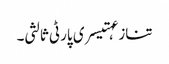
تنازعہتیسری پارٹی ثالثی۔